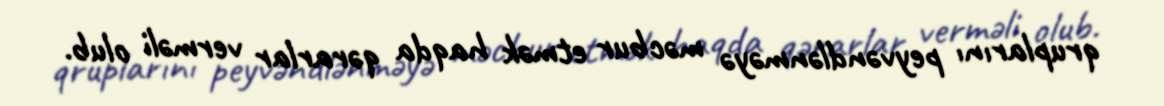
qruplarını peyvəndlənməyə məcbur etmək haqda qərarlar verməli olub.